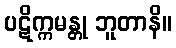
ပဋိက္ကမန္တု ဘူတာနိ။